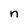
Character: n